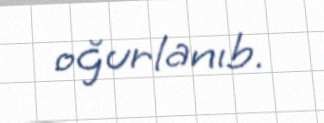
oğurlanıb.